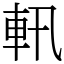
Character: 軐